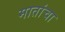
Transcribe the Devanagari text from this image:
मातांचा